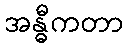
အန္ဓီကတာ